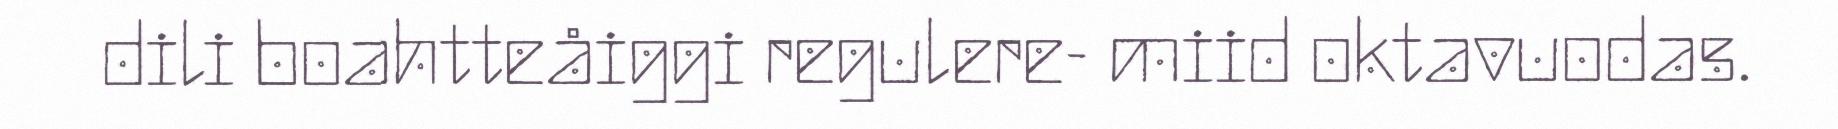
dili boahtteåiggi regulere- miid oktavuodas.